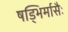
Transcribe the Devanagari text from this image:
षड्भिर्मासैः